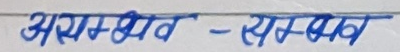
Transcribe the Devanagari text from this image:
अयम् शिव - सम्बात